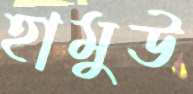
হামুউ